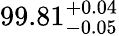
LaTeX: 99.81_{-0.05}^{~\! +0.04}